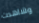
وشاهدت